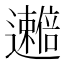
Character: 𫑒